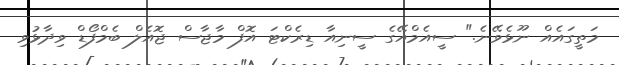
މަތީގައެއް ނޫޅެވޭނެ." ސީއެމްއޭގެ ސީނިއާ ޑިރެކްޓަ އޮފް މާޖާސް ޖޮއެލް ބެމްފޯޑް ވިދާޅުވި